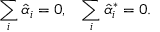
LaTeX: \sum _ { i } \hat { \alpha } _ { i } = 0 , \; \; \; \sum _ { i } \hat { \alpha } _ { i } ^ { * } = 0 .